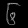
Digit: ၆